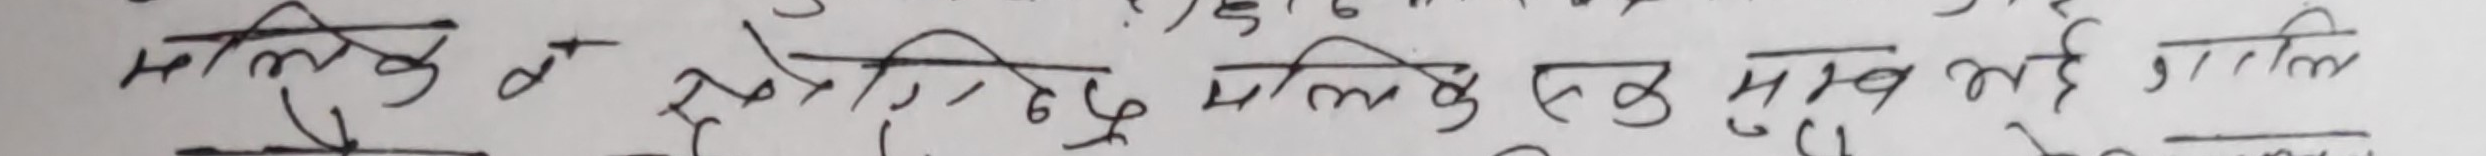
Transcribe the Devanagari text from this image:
मालिक व मालिक है सब कुछ मालिक है।